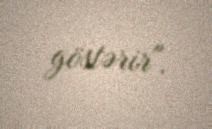
göstərir".